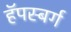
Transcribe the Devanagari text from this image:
हॅपस्बर्ग